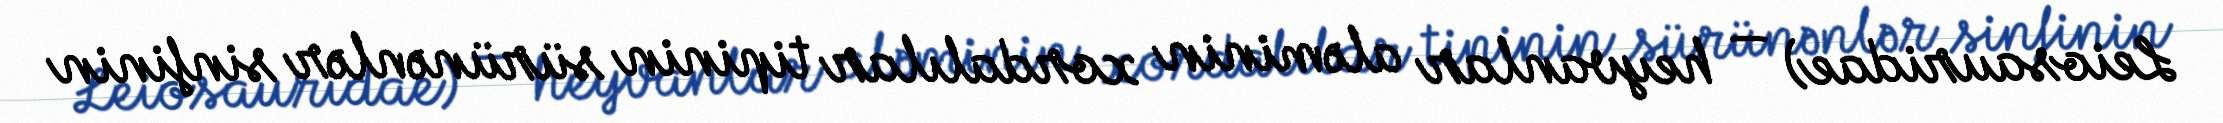
Leiosauridae) — heyvanlar aləminin xordalılar tipinin sürünənlər sinfinin